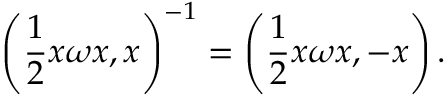
\left( \frac { 1 } { 2 } x \omega x , x \right) ^ { - 1 } = \left( \frac { 1 } { 2 } x \omega x , - x \right) .